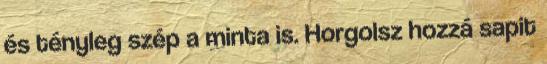
és tényleg szép a minta is. Horgolsz hozzá sapit